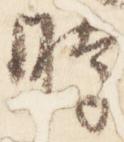
時